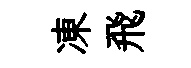
凍飛